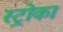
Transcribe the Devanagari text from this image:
स्ट्रोका